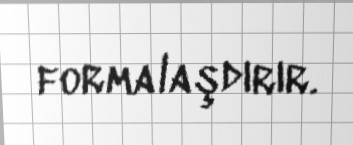
formalaşdırır.